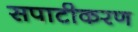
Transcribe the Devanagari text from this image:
सपाटीकरण